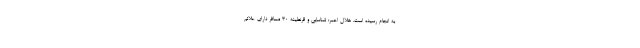
به انجام رسیده است. هلال احمر: شناسایی و قرنطینه ۳۰ مسافر دارای علائم